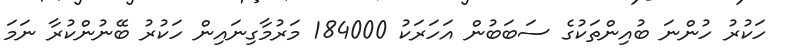
ހަކުރު ހުންނަ ބުއިންތަކުގެ ސަބަބުން އަހަރަކު 184000 މަރުމާގިނައިން ހަކުރު ބޭނުންކުރާ ނަމަ